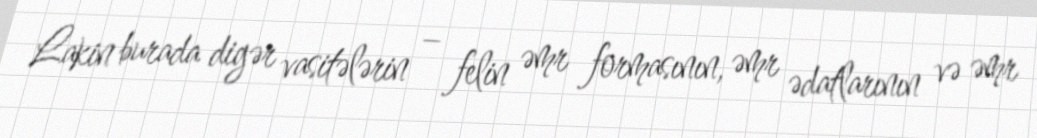
Lakin burada digər vasitələrin – felin əmr formasının, əmr ədatlarının və əmr